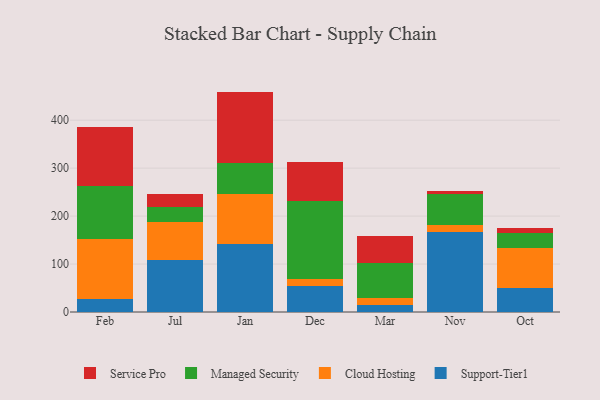
{"axis": {"x": "Month", "y": "Bounce Rate (%)"}, "legend": ["Cloud Hosting", "Managed Security", "Service Pro", "Support-Tier1"], "data": [{"x": "Feb", "y": 26.3, "type": "Support-Tier1"}, {"x": "Feb", "y": 124.9, "type": "Cloud Hosting"}, {"x": "Feb", "y": 112.5, "type": "Managed Security"}, {"x": "Feb", "y": 122.0, "type": "Service Pro"}, {"x": "Jul", "y": 108.1, "type": "Support-Tier1"}, {"x": "Jul", "y": 79.9, "type": "Cloud Hosting"}, {"x": "Jul", "y": 31.9, "type": "Managed Security"}, {"x": "Jul", "y": 25.3, "type": "Service Pro"}, {"x": "Jan", "y": 142.4, "type": "Support-Tier1"}, {"x": "Jan", "y": 103.4, "type": "Cloud Hosting"}, {"x": "Jan", "y": 63.9, "type": "Managed Security"}, {"x": "Jan", "y": 149.9, "type": "Service Pro"}, {"x": "Dec", "y": 54.3, "type": "Support-Tier1"}, {"x": "Dec", "y": 14.4, "type": "Cloud Hosting"}, {"x": "Dec", "y": 162.5, "type": "Managed Security"}, {"x": "Dec", "y": 82.1, "type": "Service Pro"}, {"x": "Mar", "y": 15.4, "type": "Support-Tier1"}, {"x": "Mar", "y": 13.2, "type": "Cloud Hosting"}, {"x": "Mar", "y": 73.1, "type": "Managed Security"}, {"x": "Mar", "y": 57.4, "type": "Service Pro"}, {"x": "Nov", "y": 167.3, "type": "Support-Tier1"}, {"x": "Nov", "y": 13.6, "type": "Cloud Hosting"}, {"x": "Nov", "y": 64.8, "type": "Managed Security"}, {"x": "Nov", "y": 6.4, "type": "Service Pro"}, {"x": "Oct", "y": 51.0, "type": "Support-Tier1"}, {"x": "Oct", "y": 82.8, "type": "Cloud Hosting"}, {"x": "Oct", "y": 30.8, "type": "Managed Security"}, {"x": "Oct", "y": 9.6, "type": "Service Pro"}]}